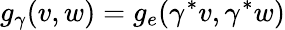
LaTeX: g_{\gamma}(v,w)=g_{e}(\gamma^{*}v,\gamma^{*}w)